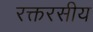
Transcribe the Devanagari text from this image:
रक्तरसीय